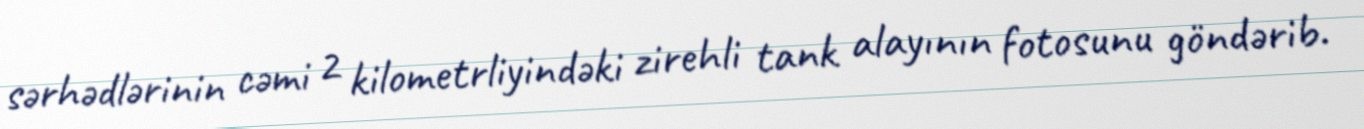
sərhədlərinin cəmi 2 kilometrliyindəki zirehli tank alayının fotosunu göndərib.